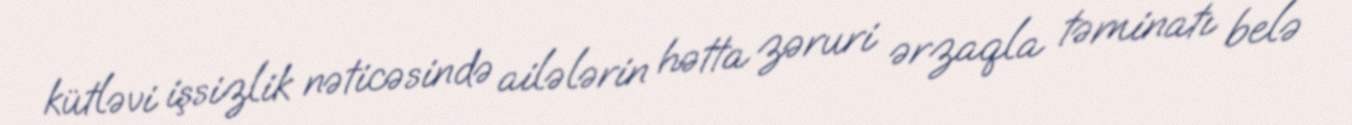
kütləvi işsizlik nəticəsində ailələrin hətta zəruri ərzaqla təminatı belə